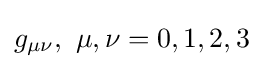
g_{\mu \nu },\ \mu ,\nu =0,1,2,3